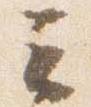
云